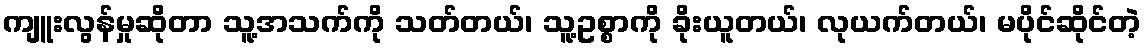
ကျူးလွန်မှုဆိုတာ သူ့အသက်ကို သတ်တယ်၊ သူ့ဥစ္စာကို ခိုးယူတယ်၊ လုယက်တယ်၊ မပိုင်ဆိုင်တဲ့